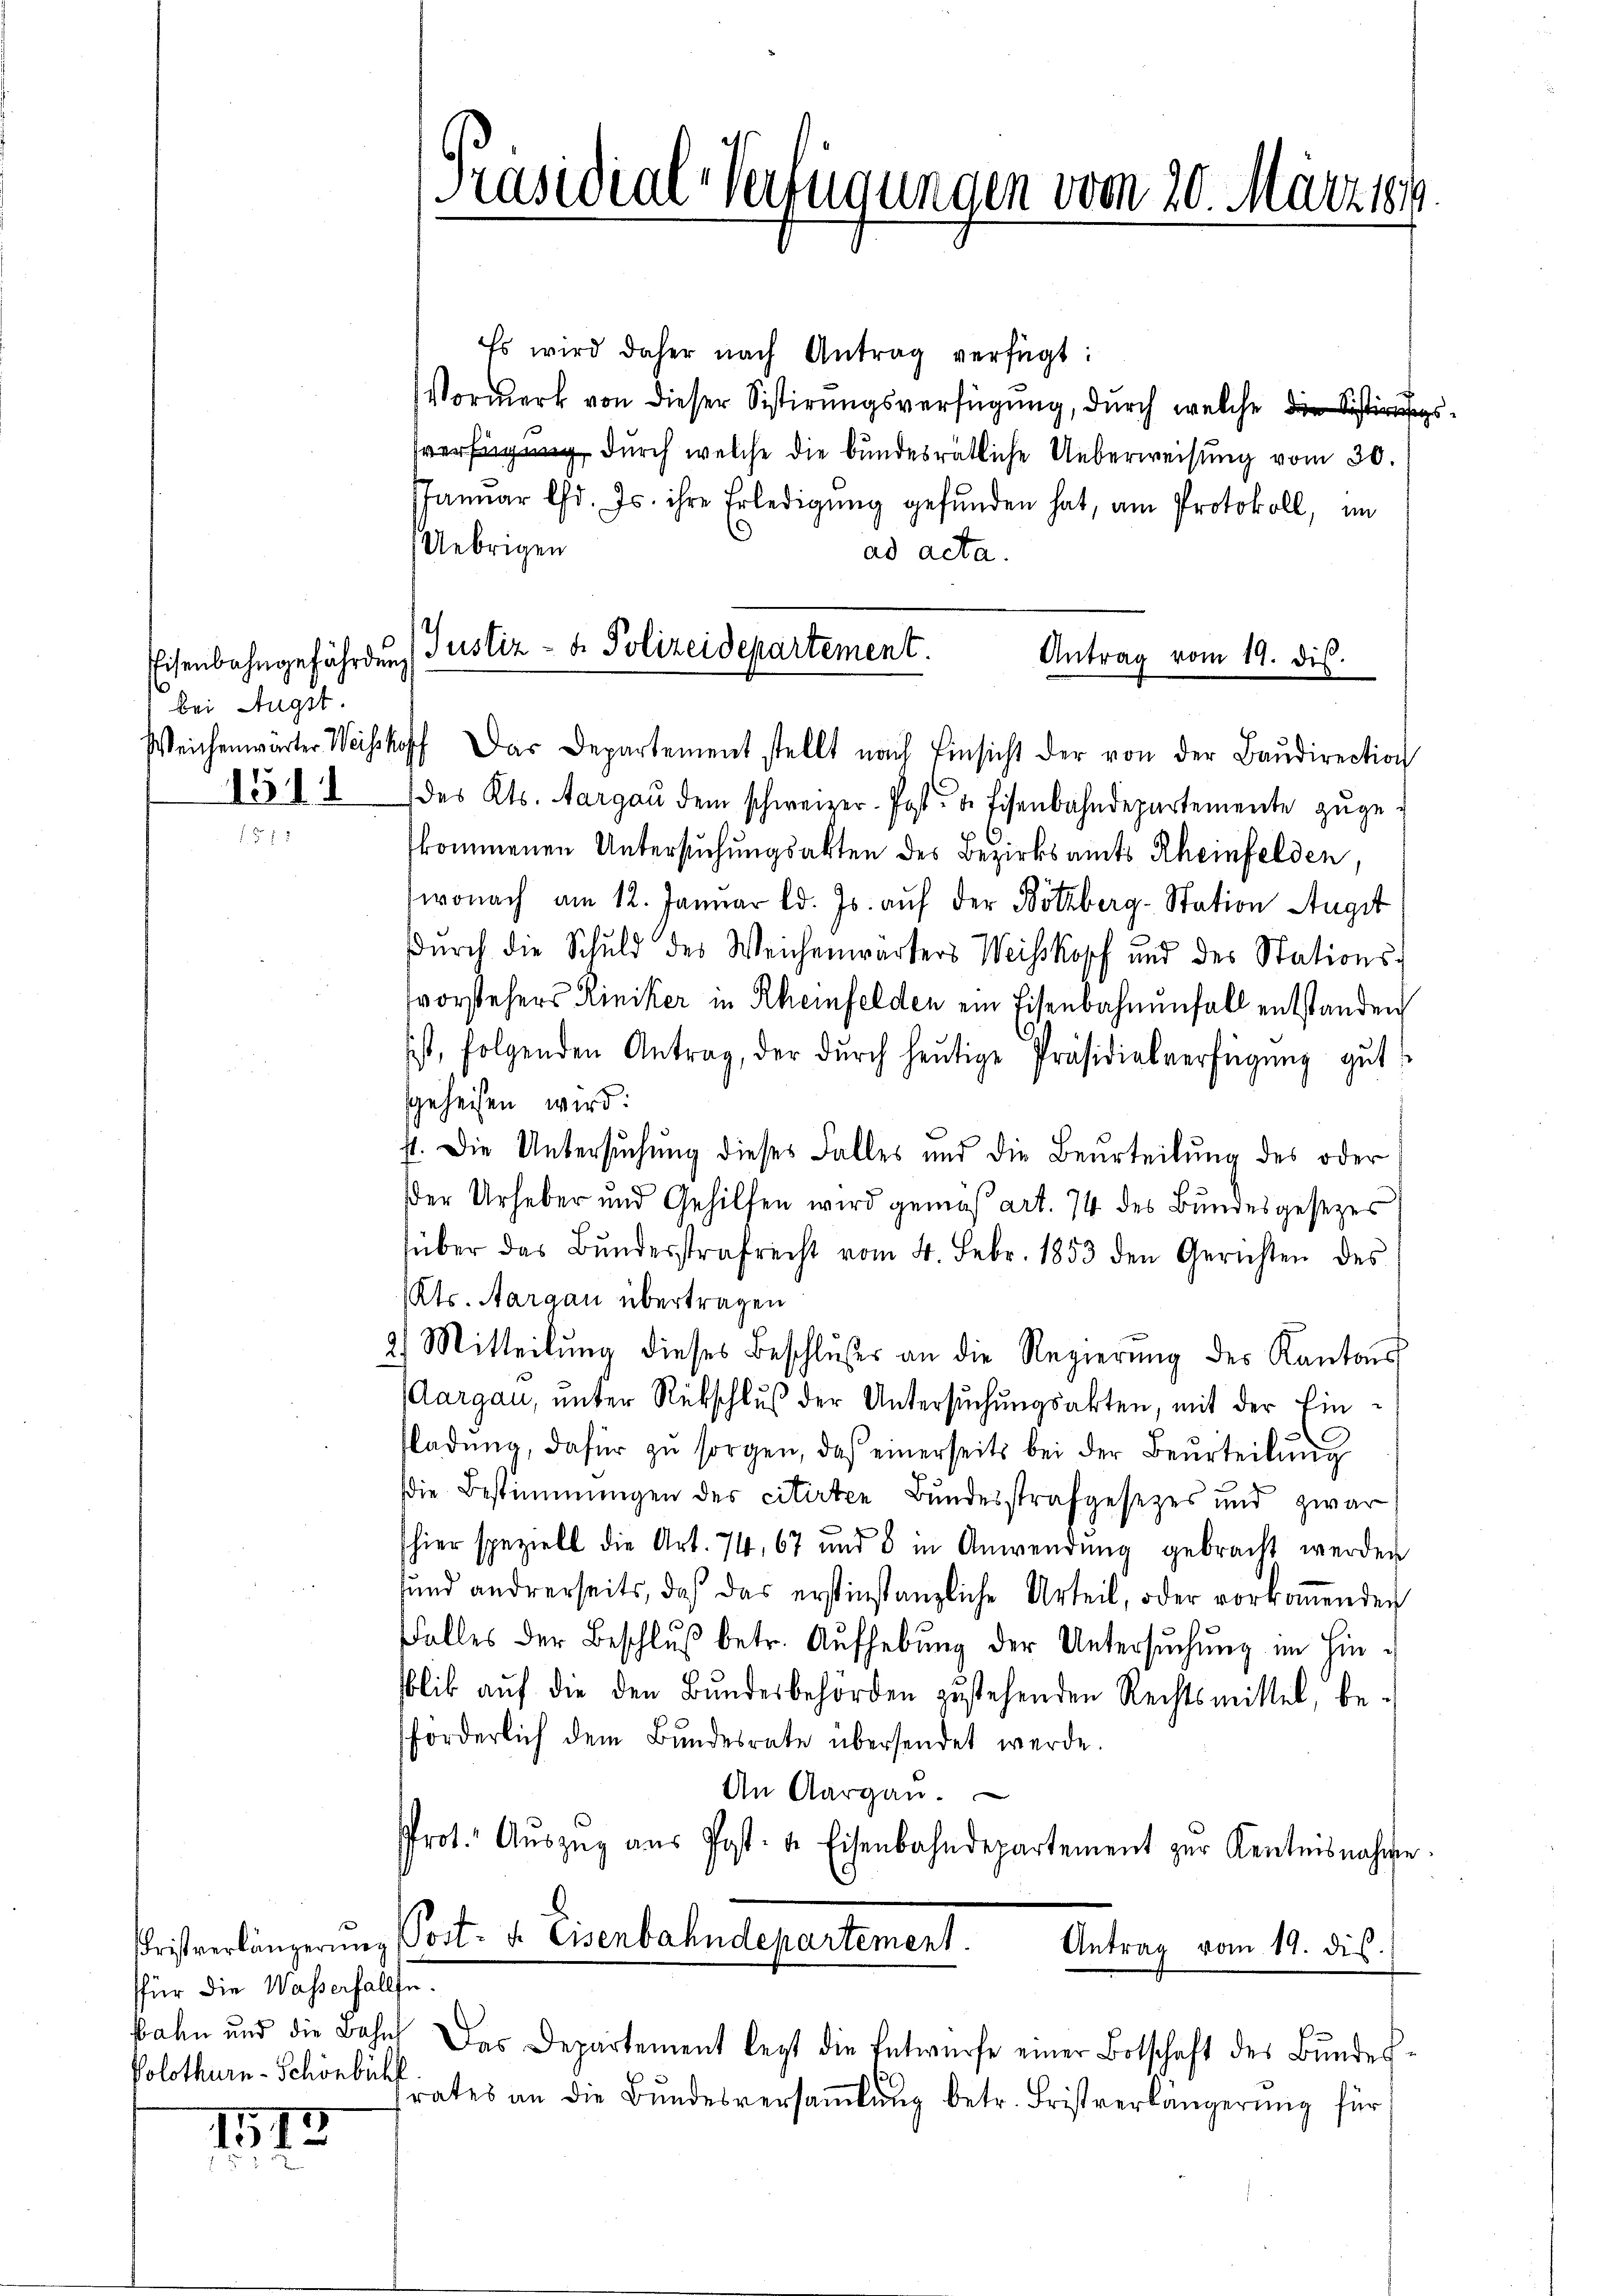
bei Augst.
1511

ffür die Wasserfallse
Solothurn-Schönbühl

1173

Es wird daher nach Antrag verfügt:
Vormerk von dieser Sistirungsverfügung, durch welche die Sistirungs
verfügung durch welche die bundesrätliche Ueberweisung vom 30.
JJanŭar Chr. Js. ihre Erledigŭng gefŭnden hat, am Protokoll, im
Uebrigen
ad acta.
Weichenwärter Weishoff das Departement stellt nach Einsicht der von der Baŭdirection
des Kts. Aargau dem schweizer. Post- & Eisenbahndepartemente zuge
fkommenen Untersuchungsakten des Bezirksamts Rheinfelden,
wonach am 12. Januar d. Js. auf der Bötzberg-Station Augst
Durch die Schuld des Weichenwarters Weiskopf und des Stationsvorstehers Riniker in Rheinfelden ein Eisenbahnenfall entstanden
ist, folgenden Antrag, der dŭrch heŭtige Präsidialverfügung gut
sgeheisen wird:
ft. Die Untersuchung dieses Falles und die Beurteilung des oder
der Urheber und Gehilfen wird gemäß Art. 74 des Bundesgesezes
über das Bŭndesstrafrecht vom 4. Febr. 1853 den Gerichten des
Kts. Aargau übertragen
2) Mitteilŭng dieses Beschlußes an die Regierŭng des Kantons
Aargau, unter Rükschluß der Untersuchungsakten, mit der Einfladŭng, dafür zŭ sorgen, daß einerseits bei der Beurteilŭng
die Bestimmungen des citirten Bundesstrafgesezes und zwar
shier spezielt die Art. 74, 67 und 8 in Anwendŭng gebracht werden
sund andererseits, daß das erstinstanzliche Urteil, oder vorkoṁenden
Falles der Beschlŭβ betr. Aufhebung der Untersŭchŭng im Hinblik aŭf die den Bŭndesbehörden zustehenden Rechtsmittel, be-
förderlich dem Bundesrate übersendet werde.
An Aargau.
Prot. Aŭszŭg aŭs Post- u. Eisenbahndepartement zur Kentnisnahme.
Fristverlängerung Post- u. Eisenbahndepartement.
Antrag vom 19. dis.
bahn und die Bahn das Departement legt die Entwürfe einer Botschaft des Bŭndes-
rates an die Bŭndesversaṁlŭng betr. Fristverlängerŭng für

e

[Präsidial-Verfügungen vom 20. März 184.

Eisenbahngefährdung Justiz- & Polizeidepartement.
Antrag vom 19. ds.